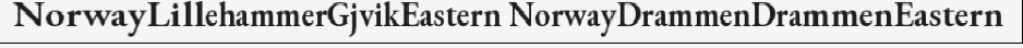
NorwayLillehammerGjvikEastern NorwayDrammenDrammenEastern